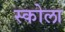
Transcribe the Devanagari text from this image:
स्कोला